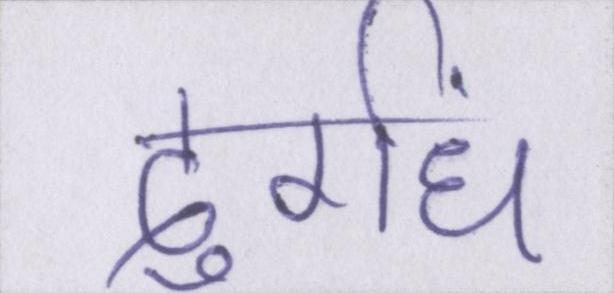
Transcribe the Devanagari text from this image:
दुर्गंध